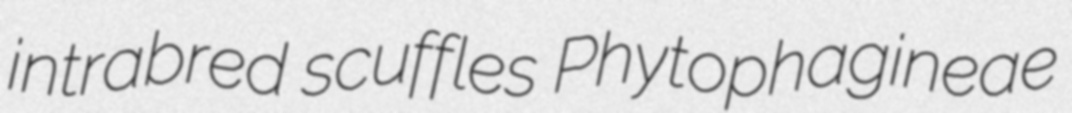
intrabred scuffles Phytophagineae